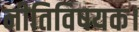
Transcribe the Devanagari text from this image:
नीतिविषयक।